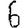
Digit: 6